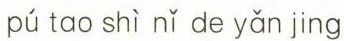
pú tao shì nǐ de yǎn jing